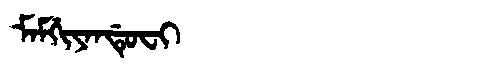
Manchu: ᠮᠠᠮᡤᡳᠶᠠᠨᡩᡠᠸᡳ
Romanization: MAMGIYANDUFI